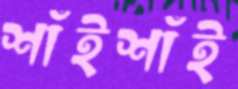
শাঁইশাঁই